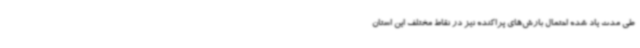
طی مدت یاد شده احتمال بارش‌های پراکنده نیز در نقاط مختلف این استان